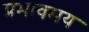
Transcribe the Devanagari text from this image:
प्रभावमय